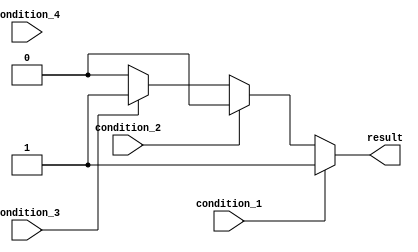
module Generate_If_Else (
    input wire condition_1,
    input wire condition_2,
    input wire condition_3,
    input wire condition_4,
    output reg result
);

always @* begin
    if (condition_1) begin
        result = 1;
    end
    else if (condition_2) begin
        result = 2;
    end
    else if (condition_3) begin
        result = 3;
    end
    else if (condition_4) begin
        result = 4;
    end
    else begin
        result = 0;
    end
end

endmodule